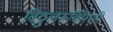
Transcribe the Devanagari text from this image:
विठ्ठलरूक्मिणी